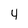
Character: 4